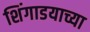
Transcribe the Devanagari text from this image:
शिंगाडयाच्या